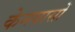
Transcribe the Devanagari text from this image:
केनवासों